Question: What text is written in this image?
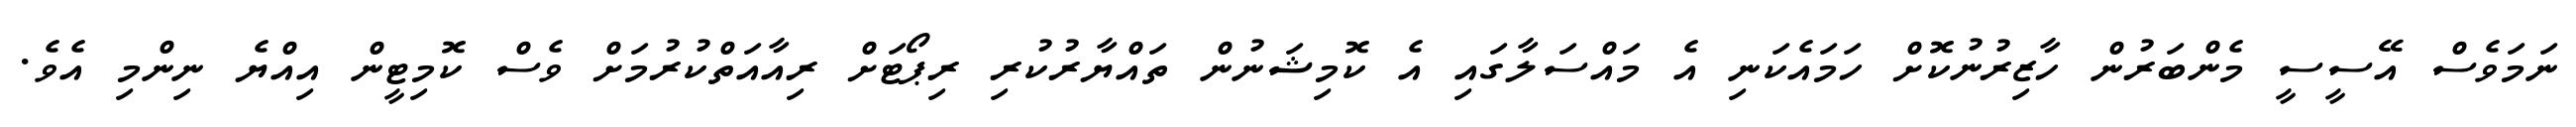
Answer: ނަމަވެސް އޭސީސީ މެންބަރުން ހާޒިރުނުކޮށް ހަމައެކަނި އެ މައްސަލާގައި އެ ކޮމިޝަނުން ތައްޔާރުކުރި ރިޕޯޓަށް ރިއާއަތްކުރުމަށް ވެސް ކޮމިޓީން އިއްޔެ ނިންމި އެވެ.